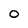
Character: O